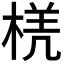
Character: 𭪲